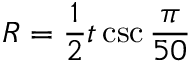
R = { \frac { 1 } { 2 } } t \csc { \frac { \pi } { 5 0 } }